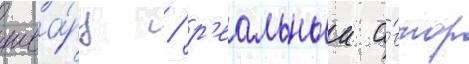
шва́рц / р'еальныи а́втор